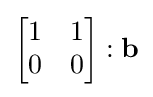
{\begin{bmatrix}1&1\\0&0\end{bmatrix}}:\mathbf {b}